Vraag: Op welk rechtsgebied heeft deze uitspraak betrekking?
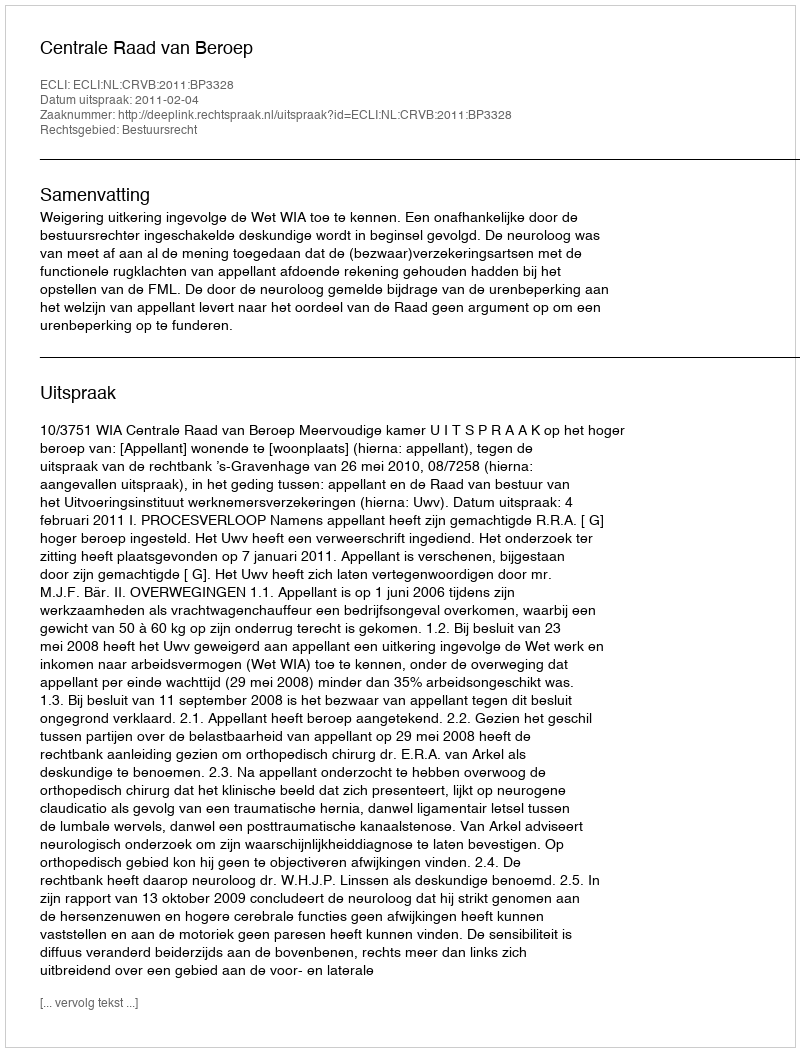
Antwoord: Bestuursrecht